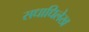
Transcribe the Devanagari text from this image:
सधाधिलेख